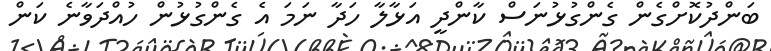
ބަންދުކޮށްގެން ގެންގުޅުނަސް ކާންދީ އަޅާލާ ހަދާ ނަމަ އެ ގެންގުޅުން ހުއްދަވާނެ ކަން